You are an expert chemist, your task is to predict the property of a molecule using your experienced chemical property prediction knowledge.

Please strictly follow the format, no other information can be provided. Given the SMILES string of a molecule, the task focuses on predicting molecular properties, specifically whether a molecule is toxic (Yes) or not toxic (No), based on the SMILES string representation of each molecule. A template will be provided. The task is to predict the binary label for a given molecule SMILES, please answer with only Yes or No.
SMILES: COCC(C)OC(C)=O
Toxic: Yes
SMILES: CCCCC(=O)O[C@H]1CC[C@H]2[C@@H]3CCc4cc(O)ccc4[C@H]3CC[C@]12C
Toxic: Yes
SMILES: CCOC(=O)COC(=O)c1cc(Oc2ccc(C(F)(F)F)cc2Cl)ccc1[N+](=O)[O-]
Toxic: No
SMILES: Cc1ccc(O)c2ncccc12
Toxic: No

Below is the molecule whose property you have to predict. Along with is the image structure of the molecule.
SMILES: CCc1cccc2c3c([nH]c12)C(CC)(CC(=O)O)OCC3
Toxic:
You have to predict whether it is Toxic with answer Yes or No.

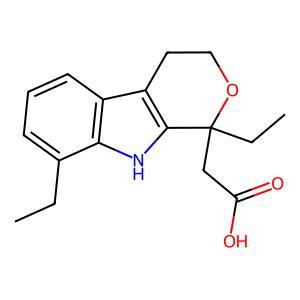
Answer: No